画像に写った文字を読んでください
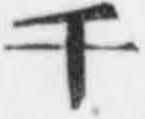
「千」と書いてあります